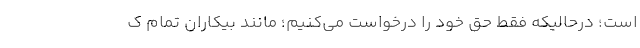
است؛ درحالیکه فقط حق خود را درخواست می‌کنیم؛ مانند بیکاران تمام ک